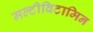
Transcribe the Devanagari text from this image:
मल्टीविटामिन